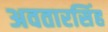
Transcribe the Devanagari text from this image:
अवतारसिंह